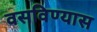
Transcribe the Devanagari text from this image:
वसविण्यास